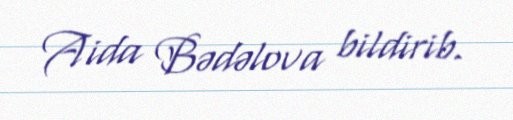
Aida Bədəlova bildirib.